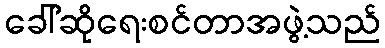
ခေါ်ဆိုရေးစင်တာအဖွဲ့သည်